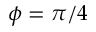
\phi = \pi / 4